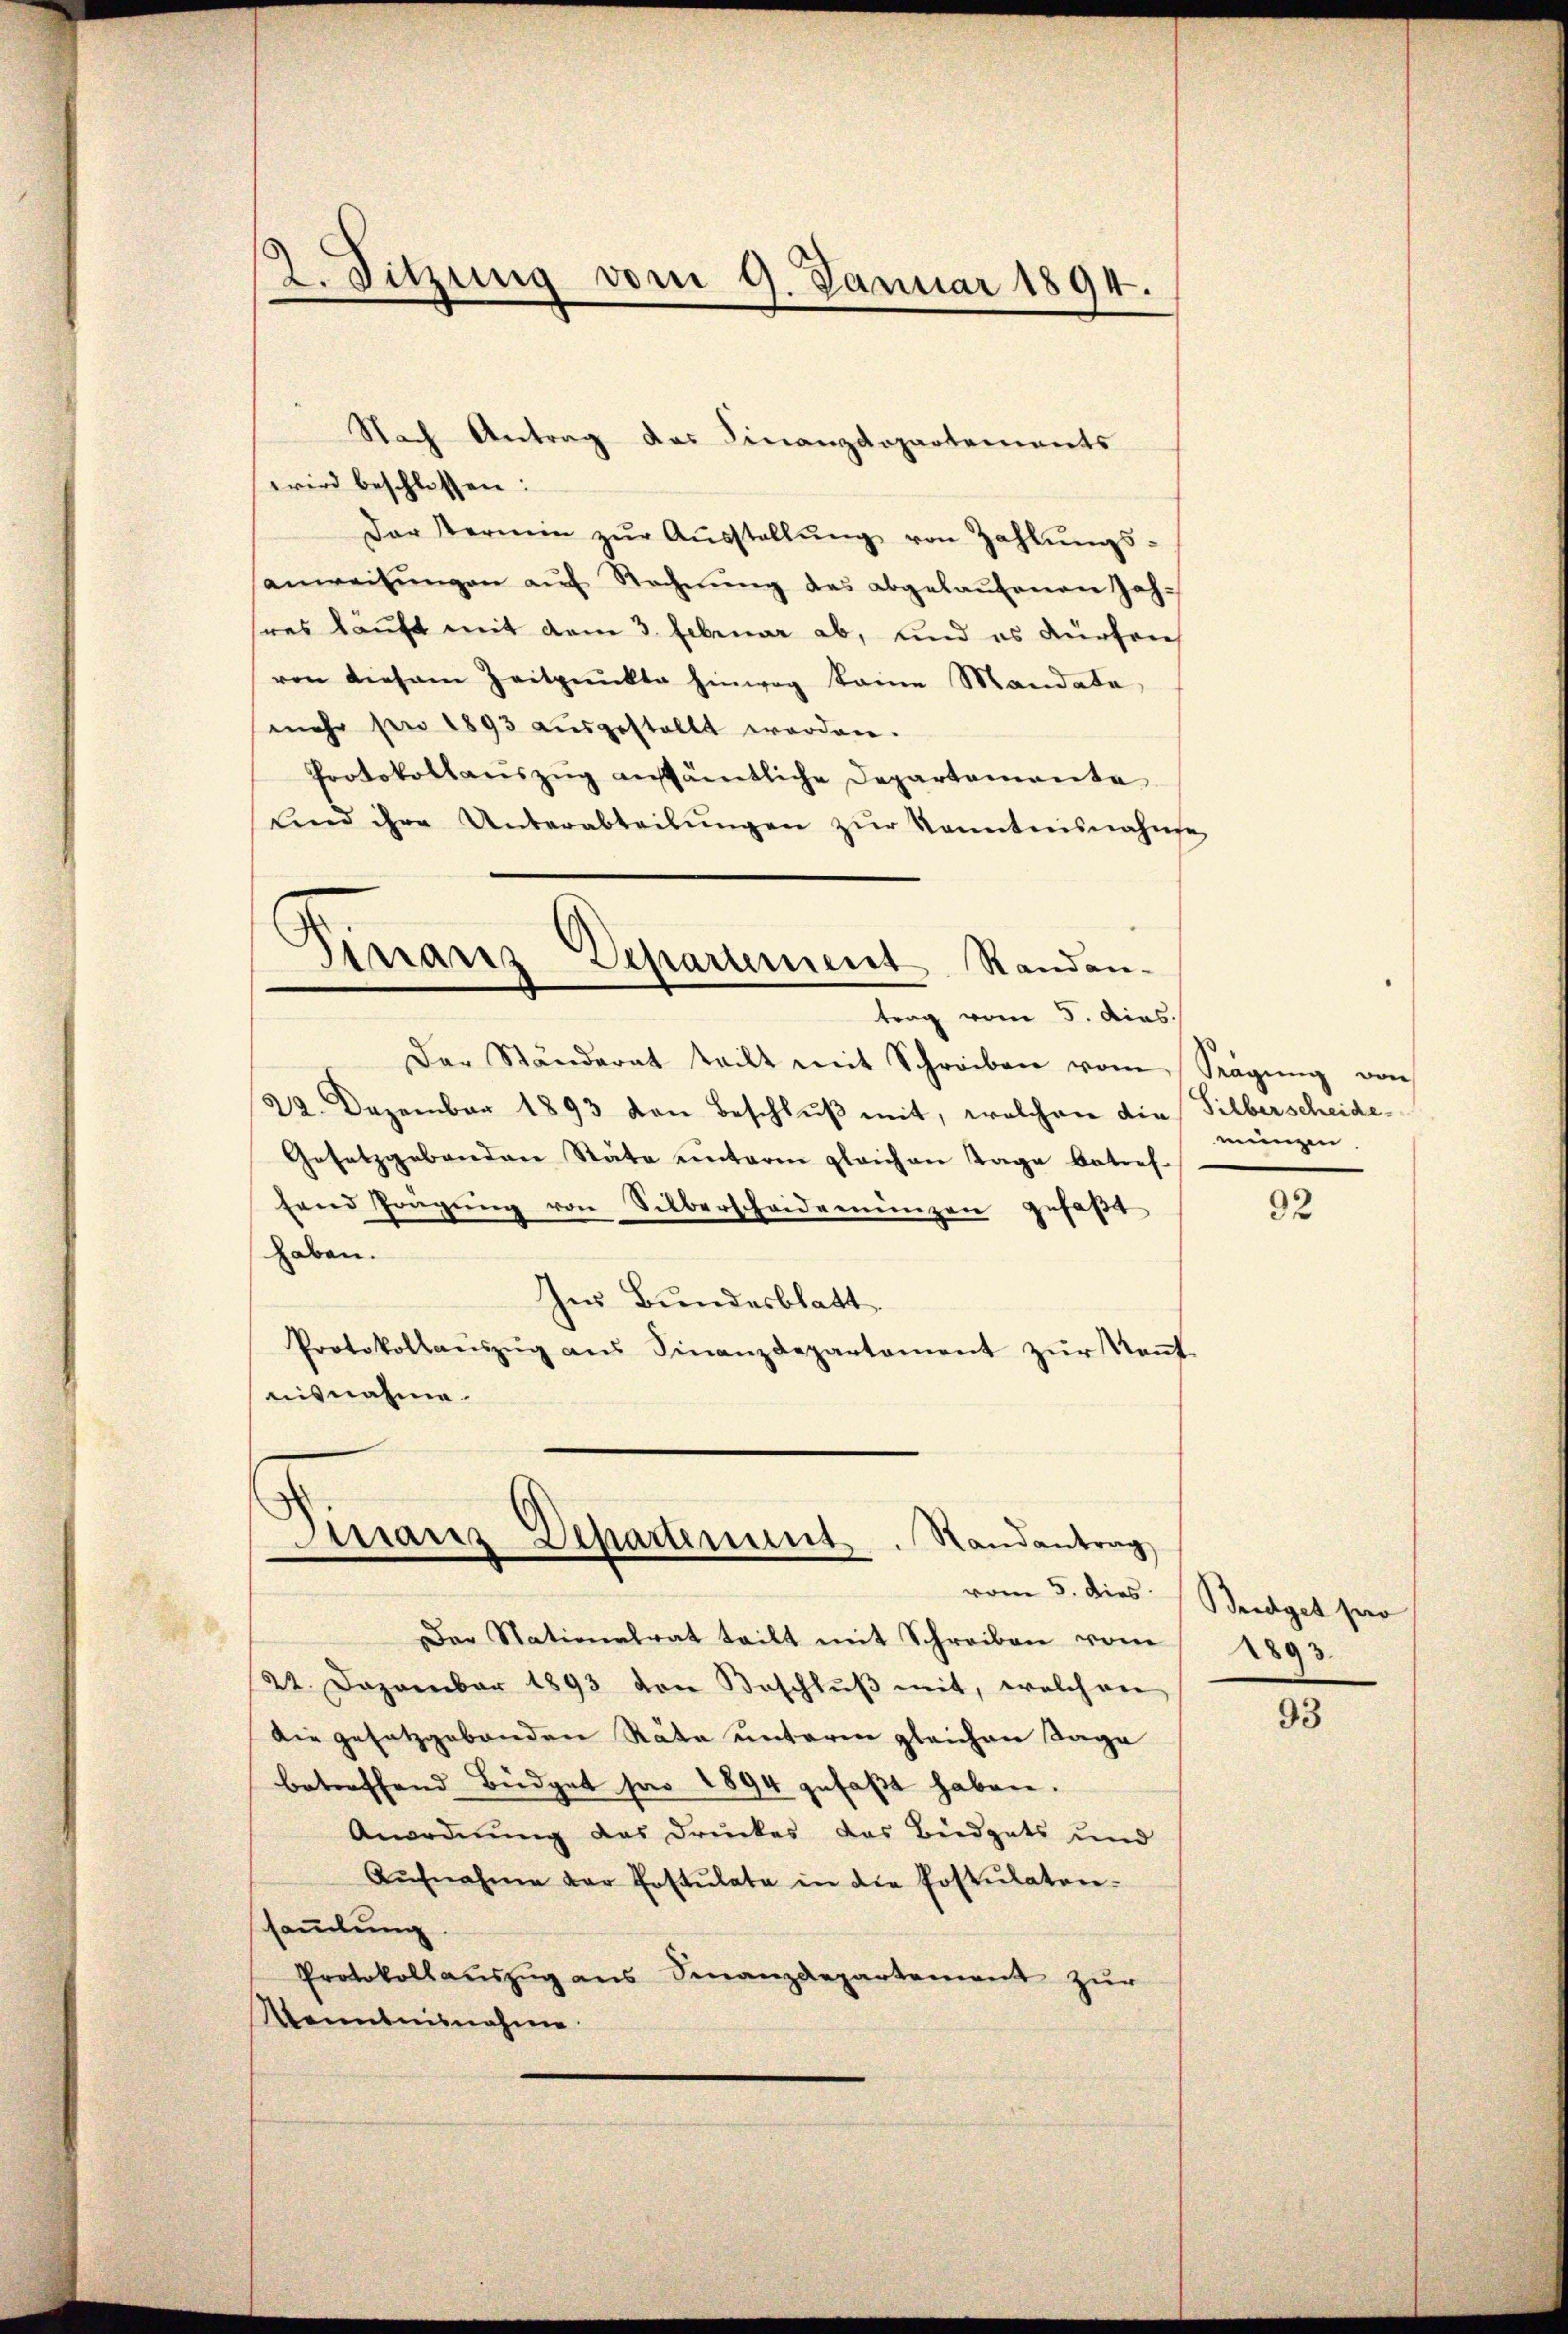
2. Sitzung vom 9. Januar 1894.

Nach Antrag des Finanzdepartements
wird beschlossen:
Der Termin zŭr Aŭsstellŭng von Zahlŭngs-
anweisŭngen aŭf Rechnŭng des abgelaŭfenen Jah-
sres kauft mit dem 3. Februar ab, und es dürfen
ven diesem Zeitpunkte hinweg keine Mandate
mehr pro 1893 aŭsgestellt werden.
Protokollaŭszŭg aŭssämtliche Departemente
und ihre Unterabteilŭngen zŭr Kenntnisnahme
Sinaris Departement Randan-
trag vom 5. dies
Der Ständerat teilt mit Schreiben vom Sägŭng von
22. Dezember 1893 von Beschlŭβ mit, welchen die Silberscheide
Gesetzgebenden Stäte unterm gleichen Tage betref-
fand Prägŭng von Silberscheidemünzen gefaβt
haben.
Im Bundesblatt.
Protokollaŭszŭg aŭs Finanzdepartament zŭr Keṅt-
nisnahme.

Finanz Departement. Randantrag
vom 5. dies

Der Nationalrat teilt mit Schreiben vom
22. Dezember 1893 von Beschlŭβ mit, welchen
die gesetzgebenden Räte unterm gleichen Tage
betreffend Büdget für 1894 gefaβt haben.
Anordnung des Druckes das Büdgets und
Aŭfnahme der Postulata in die Postulaten-
ssammlung
Protokollauszug aus Finanzdepartement zur
Kenntnisnahme.

mungen.

92

Bridget pro
2893

93